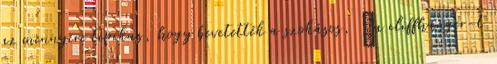
az mennyire tipikus, hogy bevetették a szokásos, “a cliffhanger-t